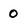
Character: 0